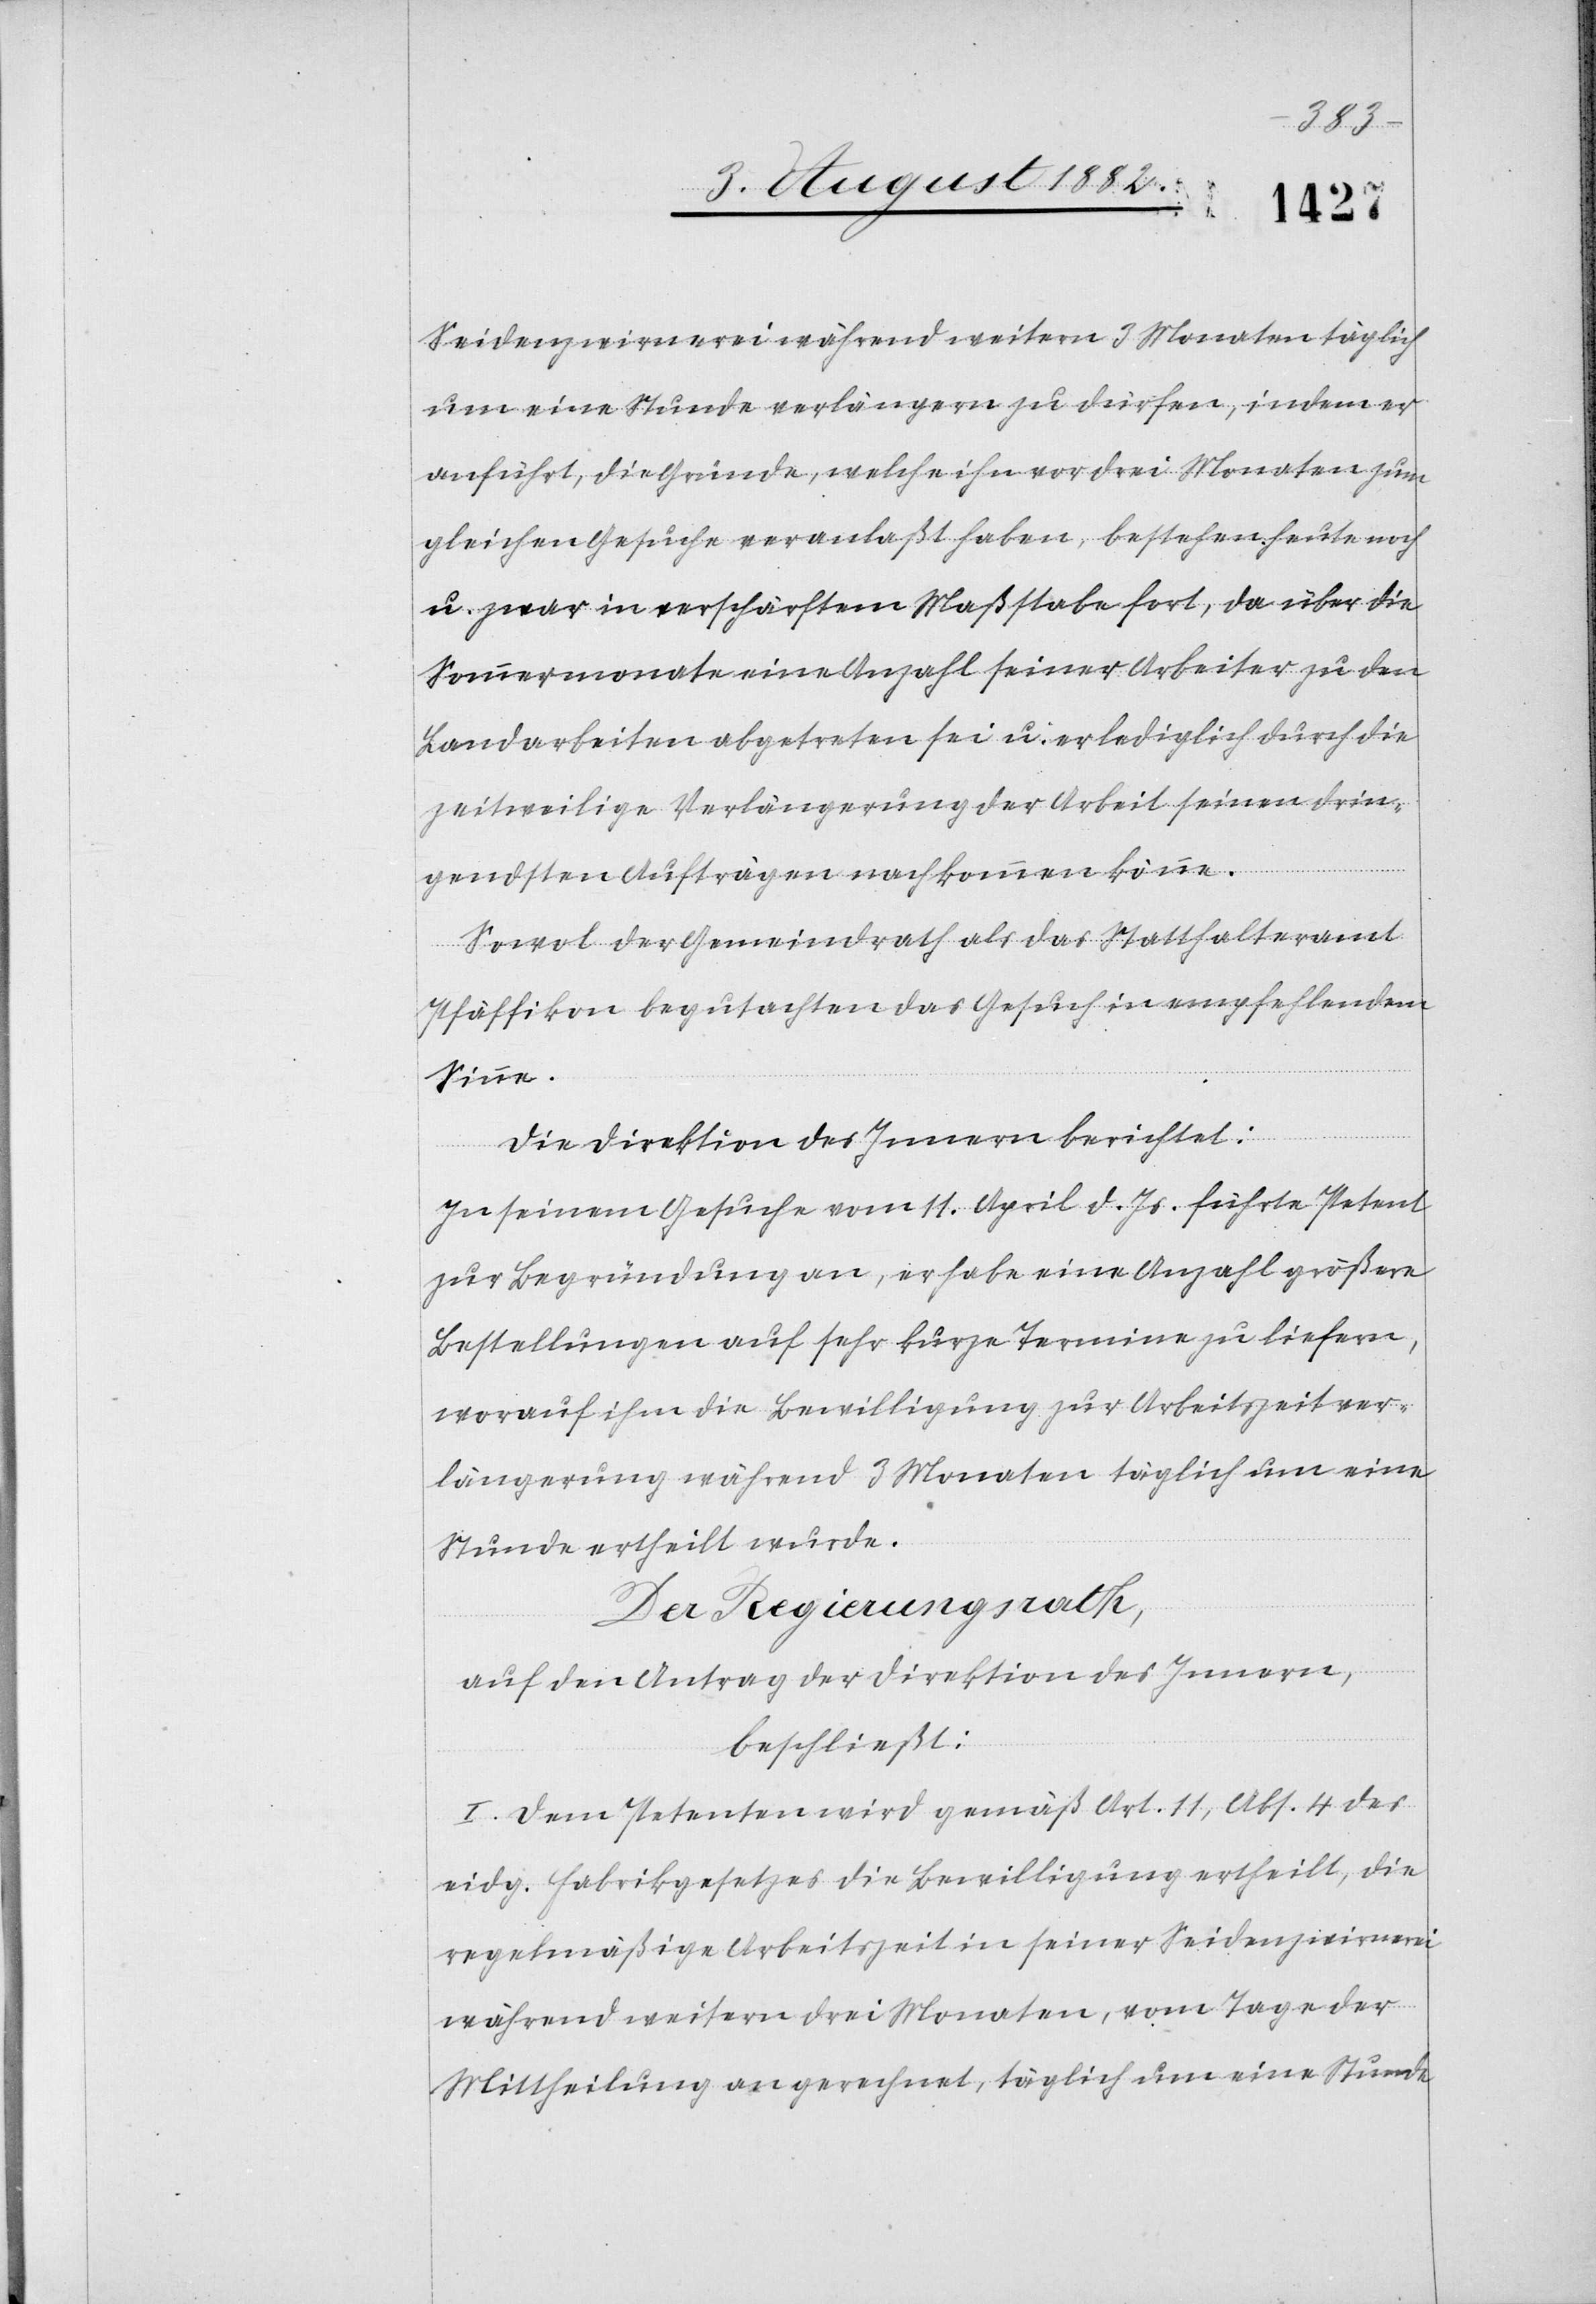
Seidenzwirrnerei während weitern 3 Monaten täglich
um eine Stunde verlängern zu dürfen, indem er
anführt, die Gründe, welche ihn vor drei Monaten zum
gleichen Gesuche veranlaßt haben, bestehen heute noch
u. zwar in verschärftem Maßstabe fort, da über die
Sommermonate eine Anzahl seiner Arbeiter zu den
Landarbeiten abgetreten sei u. er lediglich durch die
zeitweilige Verlängerung der Arbeit seinen drin¬
gendsten Aufträgen nachkommen könne.
Sowol der Gemeindrath als das Statthalteramt
Pfäffikon begutachten das Gesuch in empfehlendem
Sinne.
Der Direktion des Innern berichtet:
In seinem Gesuche vom 11. April d. Js. führte Petent
zur Begründung an, er habe eine Anzahl größere
Bestellungen auf sehr kurze Termine zu liefern,
worauf ihm die Bewilligung zur Arbeitszeitver¬
längerung während 3 Monaten täglich um eine
Stunde ertheilt wurde.
Der Regierungsrath,
auf den Antrag der Direktion des Innern,
beschließt:
I. Dem Petenten wird gemäß Art. 11, Abs. 4 des
eidg. Fabrikgesetzes die Bewilligung ertheilt, die
regelmäßige Arbeitszeit in seiner Seidenzwirrnerei
während weitern drei Monaten, vom Tage der
Mittheilung an gerechnet, täglich um eine Stunde